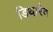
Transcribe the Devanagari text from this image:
डिथारैव